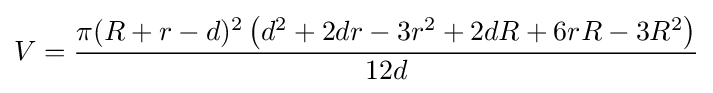
V={\frac {\pi (R+r-d)^{2}\left(d^{2}+2dr-3r^{2}+2dR+6rR-3R^{2}\right)}{12d}}